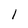
Character: 1